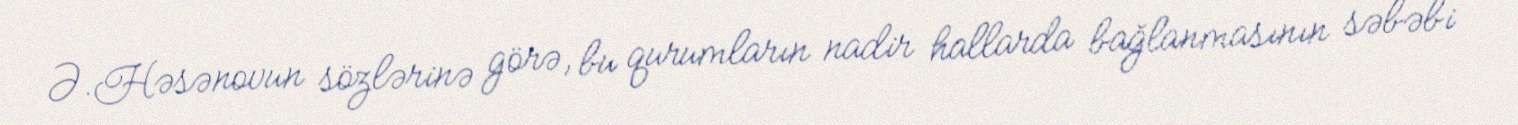
Ə.Həsənovun sözlərinə görə, bu qurumların nadir hallarda bağlanmasının səbəbi